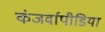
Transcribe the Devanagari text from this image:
कंजर्वापीडिया